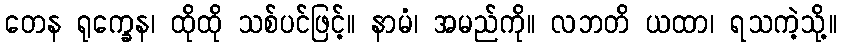
တေန ရုက္ခေန၊ ထိုထို သစ်ပင်ဖြင့်။ နာမံ၊ အမည်ကို။ လဘတိ ယထာ၊ ရသကဲ့သို့။